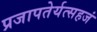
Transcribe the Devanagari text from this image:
प्रजापतेर्यत्सहजं